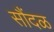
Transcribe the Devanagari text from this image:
सौंदळ